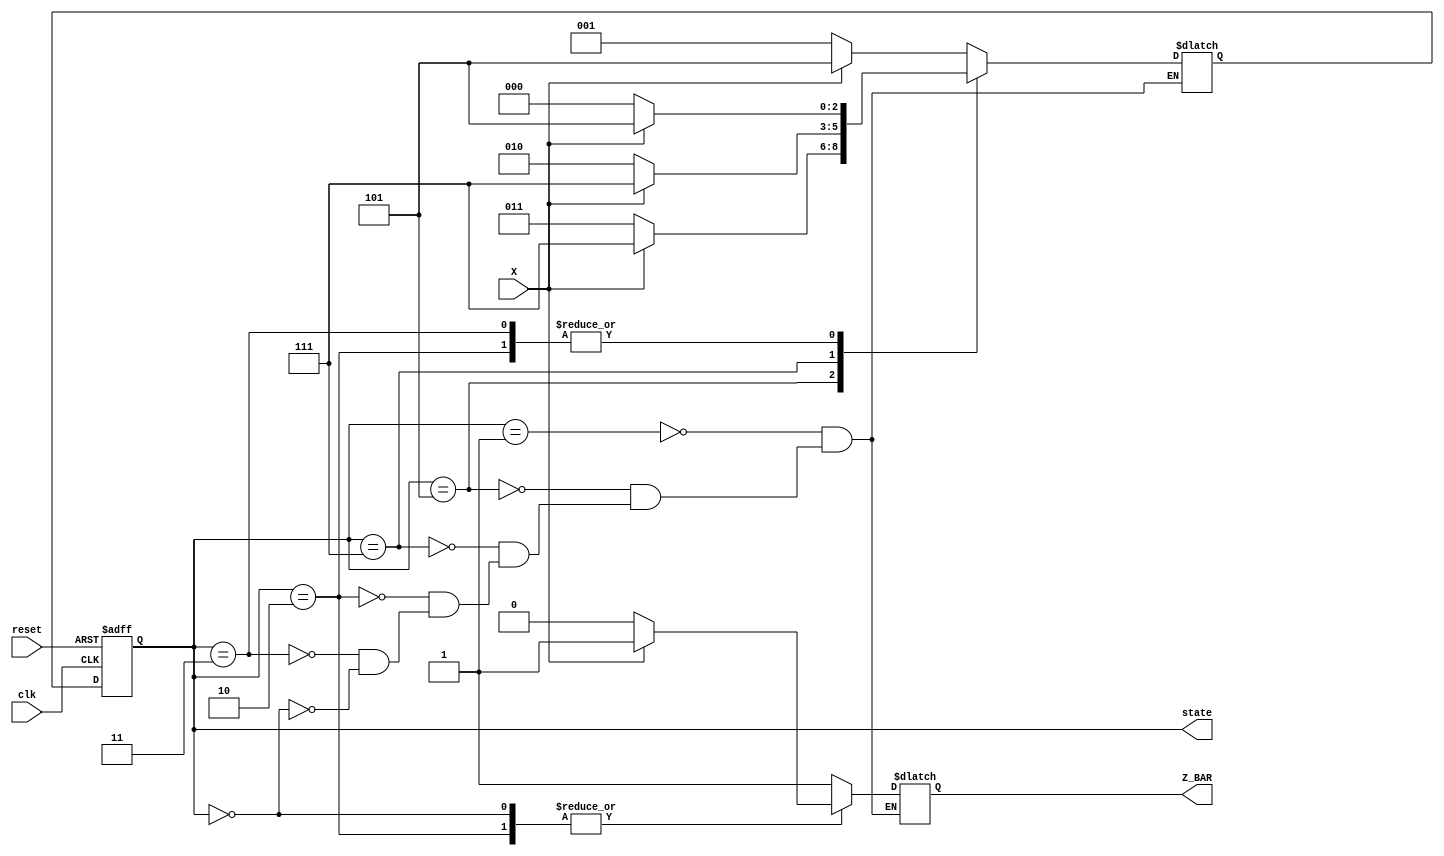
//================================================================--
// Design Unit	: lab7 (behaviour)
//
//
// Purpose	: implement non-resetting seq. detector 1100 1000 
//
//
// Environmant	: Icarus
//-------------------------------------------------------------------
// Revision List	
// Version	Author	Date	Changes
// 1.0		PW	Sept 10 New version
// 1.1		PW	June 20 2013 review
//================================================================--

module lab7 (Z_BAR, state,  clk, X, reset); 

   output reg Z_BAR;
   input wire clk, reset, X;
   output reg [0:2] state;
   reg [0:2] nextState;

   parameter S0 = 3'b001, S1 = 3'b101, S2 = 3'b111;
   parameter S3 = 3'b010, S4 = 3'b011, S5 = 3'b000;

   // state assignment

   always @(posedge clk, negedge reset) begin
      if (reset == 0)
         state<=S0;
      else
         state<=nextState;
   end

   // next state and output  functions

   always @(state, X) begin
      case (state)
         S0: begin
            if (X == 0) begin
               Z_BAR<=1;
               nextState<=S0;
            end else begin
               Z_BAR<=1;
               nextState<=S1;
            end
         end
         S1: begin
            if (X == 0) begin
               Z_BAR<=1;
               nextState<=S4;
            end else begin
               Z_BAR<=1;
               nextState<=S2;
            end
         end
         S2: begin
            if (X == 0) begin
               Z_BAR<=1;
               nextState<=S3;
            end else begin
               Z_BAR<=1;
               nextState<=S2;
            end
         end
         S3: begin
            if (X == 0) begin
               Z_BAR<=0;
               nextState<=S5;
            end else begin
               Z_BAR<=1;
               nextState<=S1;
            end
         end
         S4: begin
            if (X == 0) begin
               Z_BAR<=1;
               nextState<=S5;
            end else begin
               Z_BAR<=1;
               nextState<=S1;
            end
         end
         S5: begin
            if (X == 0) begin
               Z_BAR<=0;
               nextState<=S0;
            end else begin
               Z_BAR<=1;
               nextState<=S1;
            end
         end
     endcase 
   end

endmodule